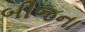
બીજના